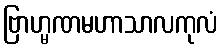
ဗြာဟ္မဏမဟာသာလကုလံ